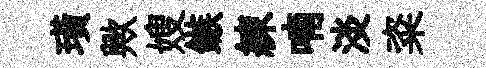
璜歟嫂鏃練喃淡粢